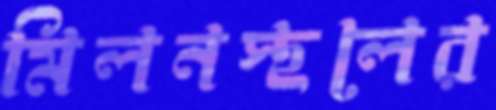
মিলনস্থলের